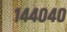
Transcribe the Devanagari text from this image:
१४४०४०